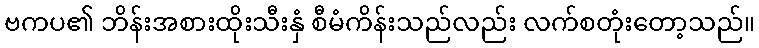
ဗကပ၏ ဘိန်းအစားထိုးသီးနှံ စီမံကိန်းသည်လည်း လက်စတုံးတော့သည်။